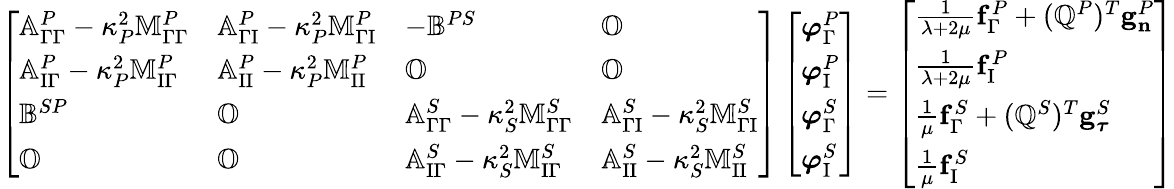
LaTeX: \begin{array}{r}{\left[\begin{array}{llll}{\mathbb{A}_{\Gamma\Gamma}^{P}-\kappa_{P}^{2}\mathbb{M}_{\Gamma\Gamma}^{P}}&{\mathbb{A}_{\Gamma\mathrm{I}}^{P}-\kappa_{P}^{2}\mathbb{M}_{\Gamma\mathrm{I}}^{P}}&{-\mathbb{B}^{PS}}&{\mathbb{O}}\\ {\mathbb{A}_{\mathrm{I}\Gamma}^{P}-\kappa_{P}^{2}\mathbb{M}_{\mathrm{I}\Gamma}^{P}}&{\mathbb{A}_{\mathrm{I}\mathrm{I}}^{P}-\kappa_{P}^{2}\mathbb{M}_{\mathrm{I}\mathrm{I}}^{P}}&{\mathbb{O}}&{\mathbb{O}}\\ {\mathbb{B}^{SP}}&{\mathbb{O}}&{\mathbb{A}_{\Gamma\Gamma}^{S}-\kappa_{S}^{2}\mathbb{M}_{\Gamma\Gamma}^{S}}&{\mathbb{A}_{\Gamma\mathrm{I}}^{S}-\kappa_{S}^{2}\mathbb{M}_{\Gamma\mathrm{I}}^{S}}\\ {\mathbb{O}}&{\mathbb{O}}&{\mathbb{A}_{\mathrm{I}\Gamma}^{S}-\kappa_{S}^{2}\mathbb{M}_{\mathrm{I}\Gamma}^{S}}&{\mathbb{A}_{\mathrm{I}\mathrm{I}}^{S}-\kappa_{S}^{2}\mathbb{M}_{\mathrm{I}\mathrm{I}}^{S}}\end{array}\right]\left[\begin{array}{l}{\boldsymbol{\varphi}_{\Gamma}^{P}}\\ {\boldsymbol{\varphi}_{\mathrm{I}}^{P}}\\ {\boldsymbol{\varphi}_{\Gamma}^{S}}\\ {\boldsymbol{\varphi}_{\mathrm{I}}^{S}}\end{array}\right]=\left[\begin{array}{l}{\frac{1}{\lambda+2\mu}\mathbf{f}_{\Gamma}^{P}+(\mathbb{Q}^{P})^{T}\mathbf{g}_{\mathbf{n}}^{P}}\\ {\frac{1}{\lambda+2\mu}\mathbf{f}_{\mathrm{I}}^{P}}\\ {\frac{1}{\mu}\mathbf{f}_{\Gamma}^{S}+(\mathbb{Q}^{S})^{T}\mathbf{g}_{\boldsymbol{\tau}}^{S}}\\ {\frac{1}{\mu}\mathbf{f}_{\mathrm{I}}^{S}}\end{array}\right]}\end{array}